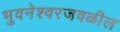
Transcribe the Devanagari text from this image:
भुवनेश्वरजवळील